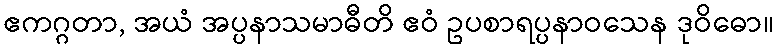
ဧကဂ္ဂတာ, အယံ အပ္ပနာသမာဓီတိ ဧဝံ ဥပစာရပ္ပနာဝသေန ဒုဝိဓော။